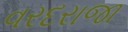
વરદરાજા